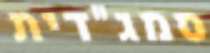
סמג"דית